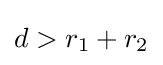
d>r_{1}+r_{2}